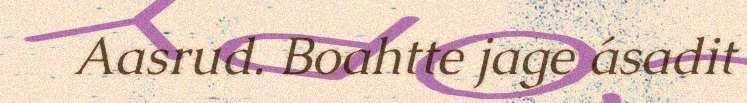
Aasrud. Boahtte jage ásadit